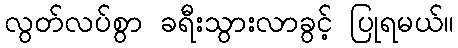
လွတ်လပ်စွာ ခရီးသွားလာခွင့် ပြုရမယ်။